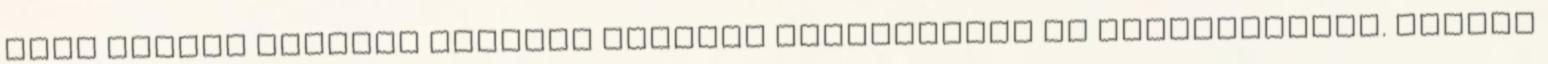
akik között sokszor magasan képzett tudásvágyók is előfordultak. Később